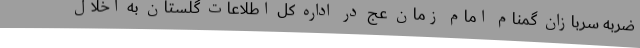
ضربه سربازان گمنام امام زمان عج در اداره کل اطلاعات گلستان به اخلال